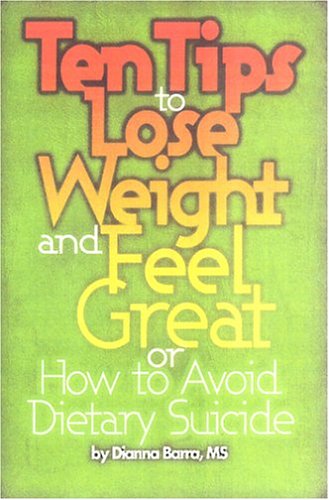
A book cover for Ten Tips to Lose Weight and Feel Great: Or, How to Avoid Dietary Suicide; Dianna Barra; Health, Fitness & Dieting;